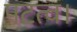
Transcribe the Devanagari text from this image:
पटत्व।